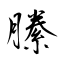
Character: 縢